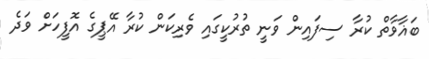
ބަޣާވާތް ކުރާ ސިފައިން ވަނީ ތުރުކީގައި ވެރިކަން ކުރާ އޭޕީގެ އޮފީހަށް ވަދެ